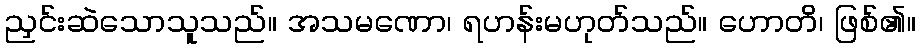
ညှင်းဆဲသောသူသည်။ အသမဏော၊ ရဟန်းမဟုတ်သည်။ ဟောတိ၊ ဖြစ်၏။